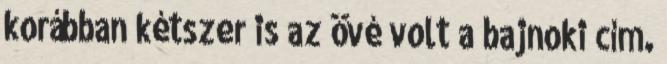
korábban kétszer is az övé volt a bajnoki cím.